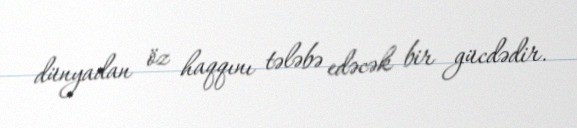
dünyadan öz haqqını tələbə edəcək bir gücdədir.